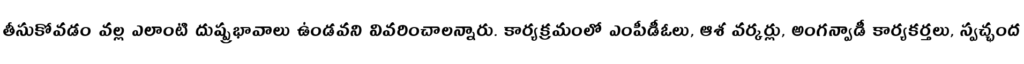
తీసుకోవడం వల్ల ఎలాంటి దుష్ప్రభావాలు ఉండవని వివరించాలన్నారు. కార్యక్రమంలో ఎంపీడీఓలు, ఆశ వర్కర్లు, అంగన్వాడీ కార్యకర్తలు, స్వచ్ఛంద